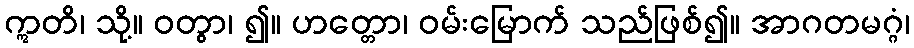
ဣတိ၊ သို့။ ဝတွာ၊ ၍။ ဟတ္တော၊ ဝမ်းမြောက် သည်ဖြစ်၍။ အာဂတမဂ္ဂံ၊